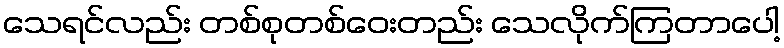
သေရင်လည်း တစ်စုတစ်ဝေးတည်း သေလိုက်ကြတာပေါ့